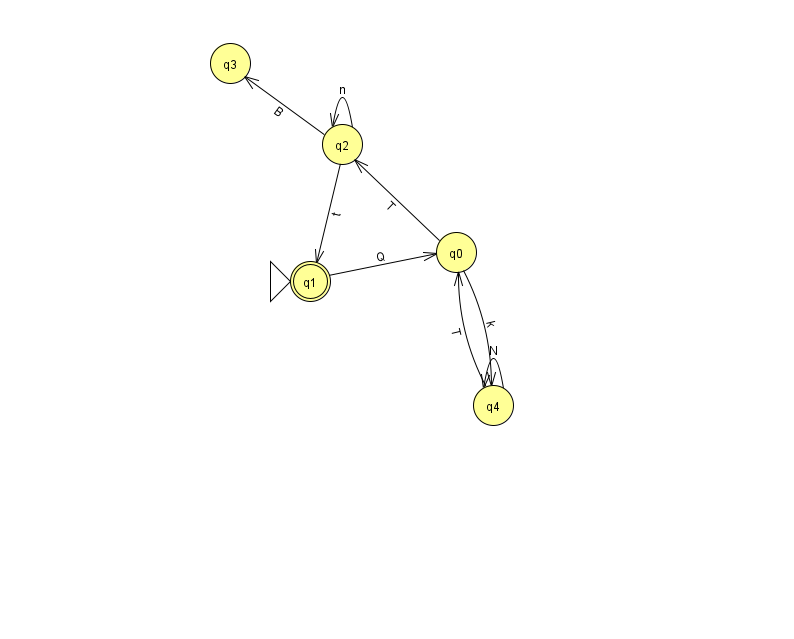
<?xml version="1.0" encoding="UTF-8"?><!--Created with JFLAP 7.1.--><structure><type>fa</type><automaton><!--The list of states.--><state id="0" name="q0"><x>456.0</x><y>239.0</y></state><state id="1" name="q1"><x>310.0</x><y>268.0</y><initial/><final/></state><state id="2" name="q2"><x>342.0</x><y>131.0</y></state><state id="3" name="q3"><x>230.0</x><y>50.0</y></state><state id="4" name="q4"><x>493.0</x><y>392.0</y></state><!--The list of transitions.--><transition><from>2</from><to>1</to><read>t</read></transition><transition><from>0</from><to>4</to><read>k</read></transition><transition><from>4</from><to>0</to><read>T</read></transition><transition><from>2</from><to>2</to><read>n</read></transition><transition><from>4</from><to>4</to><read>N</read></transition><transition><from>0</from><to>2</to><read>T</read></transition><transition><from>1</from><to>0</to><read>Q</read></transition><transition><from>2</from><to>3</to><read>B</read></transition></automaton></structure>